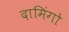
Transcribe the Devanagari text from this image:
दामिंगो